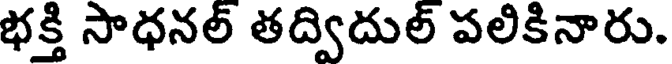
భక్తి సాధనల్ తద్విదుల్ పలికినారు.